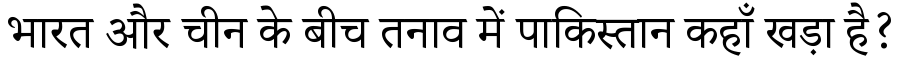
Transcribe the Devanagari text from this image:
भारत और चीन के बीच तनाव में पाकिस्तान कहाँ खड़ा है?